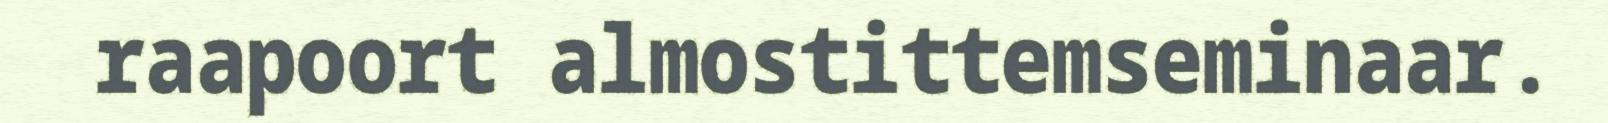
raapoort almostittemseminaar.